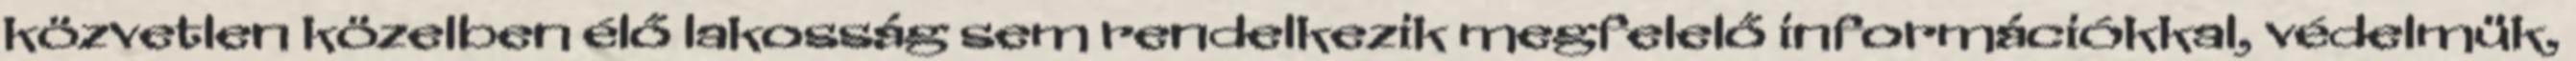
közvetlen közelben élő lakosság sem rendelkezik megfelelő információkkal, védelmük,